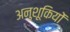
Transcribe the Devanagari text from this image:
अनुशूकियों